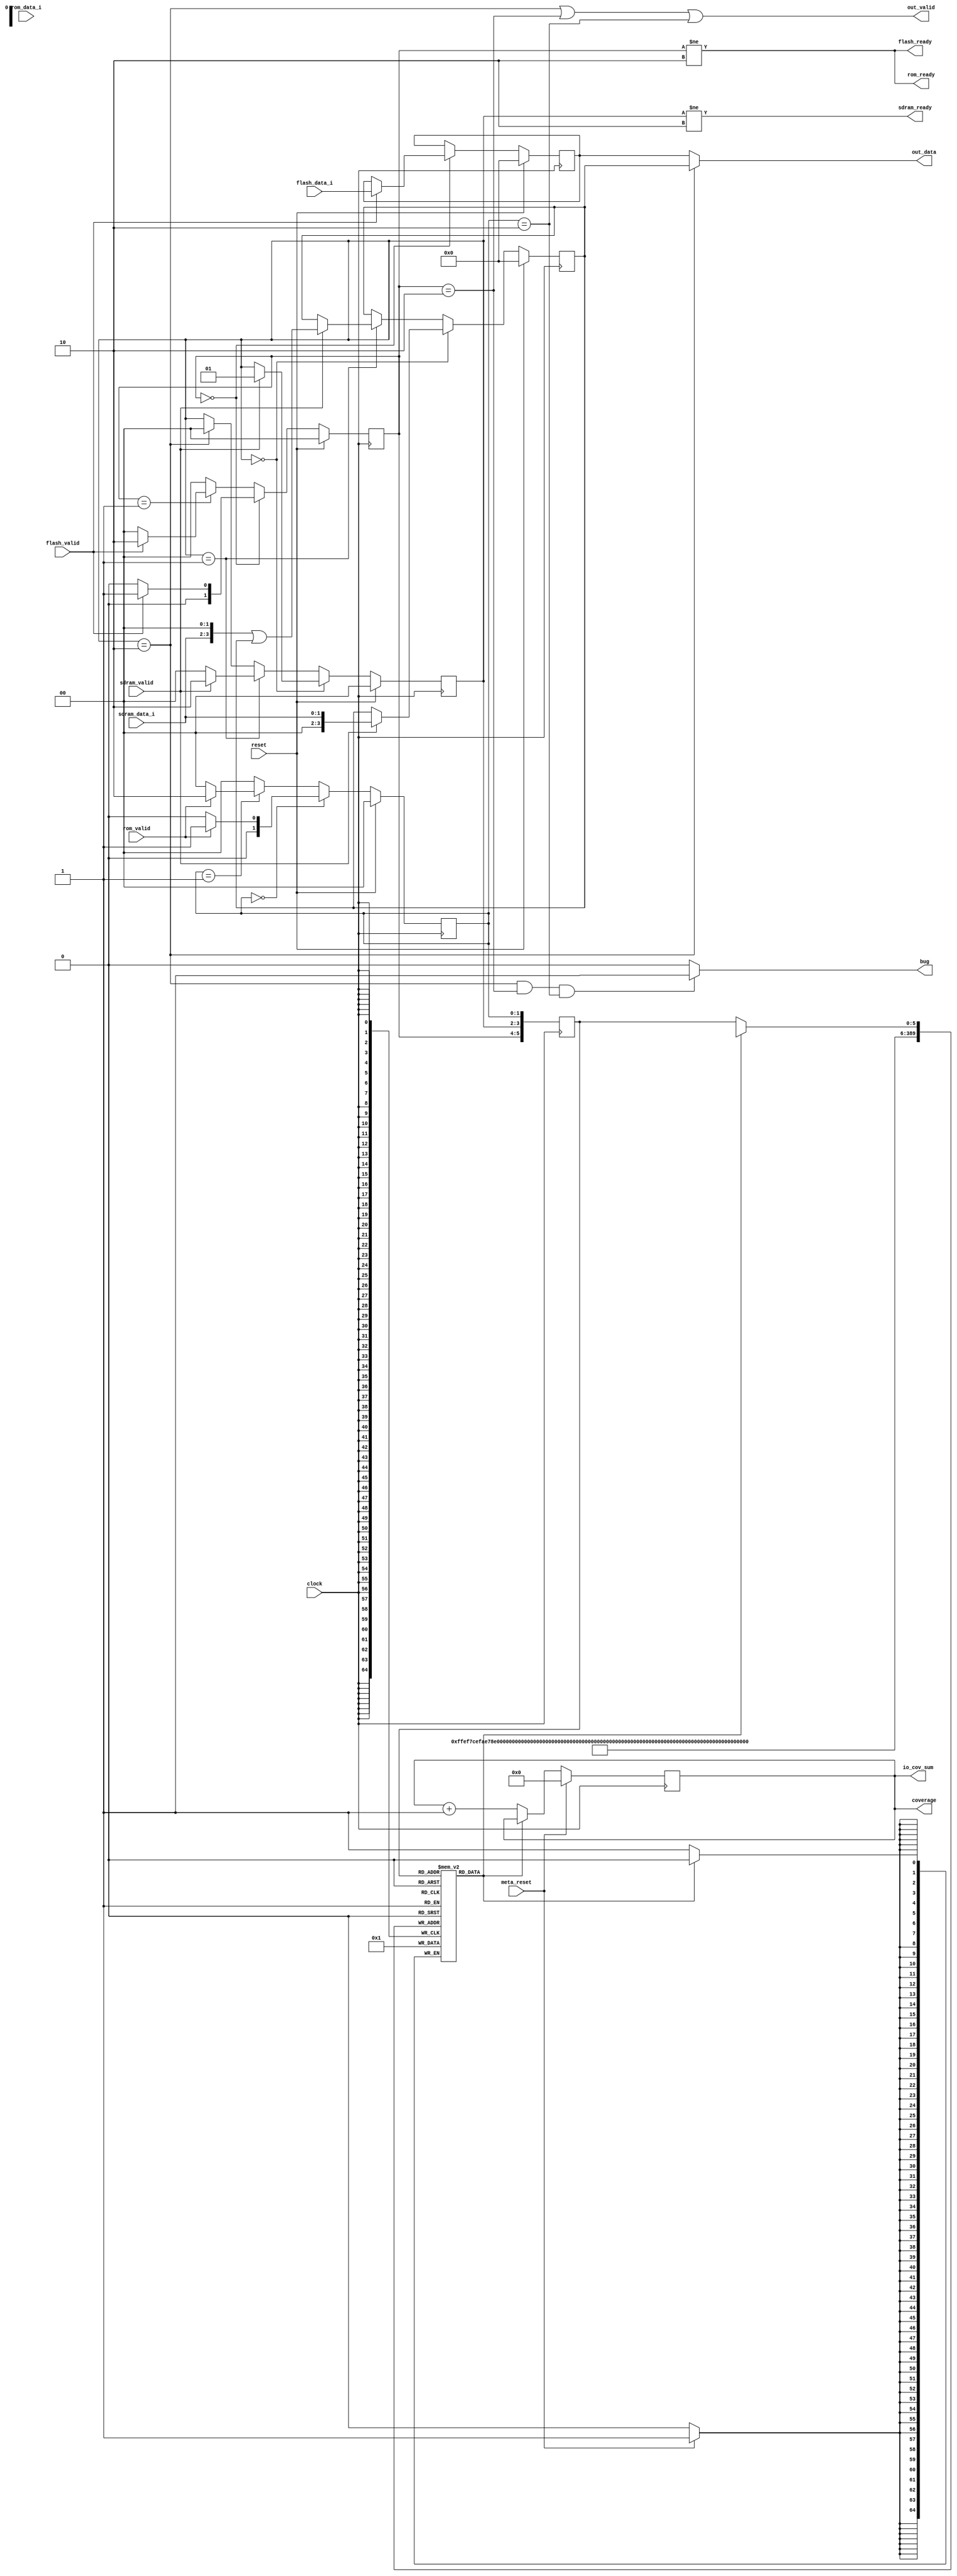
`define READY_S 2'h0
`define PENDING_S1 2'h1
`define BUSY_S 2'h2

`define READY_F 2'h0
`define PENDING_F1 2'h1
`define BUSY_F 2'h2

`define READY_R 2'h0
`define PENDING_R1 2'h1
`define BUSY_R 2'h2


module mem_ctrl(
  input clock,
  input reset,
  input meta_reset,

  input        sdram_valid, 
  input [1:0]  sdram_data_i,
  input        flash_valid,
  input [3:0]  flash_data_i,
  input        rom_valid,
  input        rom_data_i,

  output       sdram_ready,
  output       flash_ready,
  output       rom_ready,

  output       out_valid,
  output [3:0] out_data,

  output [5:0] coverage,
  output [5:0] io_cov_sum,
  output bug
);

  reg[1:0] state_sdram; // READY, RECEIVING, BUSY
  reg[1:0] state_flash; // READY, BUSY
  reg[1:0] state_rom;

  reg[3:0] data_sdram;
  reg[3:0] data_flash;
  reg[3:0] data_rom;

  reg covmap[0:63];
  reg[5:0] reg_state;
  reg[5:0] covsum;

  assign coverage = covsum;
  assign io_cov_sum = covsum;

  integer i;
  initial begin
    for (i=0; i<64; i=i+1)
      covmap[i] = 0;
    covsum = 0;
  end

  always @(posedge clock) begin
    reg_state <= {state_flash, state_sdram, state_rom};

    if (!covmap[reg_state]) begin
      covsum <= covsum + 1'h1;
      covmap[reg_state] <= 1'h1;
    end

    if (meta_reset) begin
      covsum <= 6'h0;
      for (i=0; i<64; i=i+1)
        covmap[i] = 1'h0;
    end
  end

  assign bug = ((state_sdram == `BUSY_S) && (state_flash == `BUSY_F) && (state_rom == `BUSY_R))? 1 : 0;
    
/********** combinational **********/

  assign sdram_ready = (state_sdram != `BUSY_S);
  assign flash_ready = (state_flash != `BUSY_F);
  assign rom_ready = (state_flash != `BUSY_F);

  assign out_valid = (state_sdram == `BUSY_S) ||
                      (state_flash == `BUSY_F) ||
                      (state_rom == `BUSY_R);
  assign out_data = (state_sdram == `BUSY_S) ?
                      data_sdram : data_flash;

/********** sequential **********/

  always @(posedge clock) begin
    if (reset) begin
      state_sdram <= `READY_S;
      state_flash <= `READY_F;
      state_rom <= `READY_R;
      data_sdram <= 4'h0;
      data_flash <= 4'h0;
      data_rom <= 4'h0;
    end else begin
      if (state_sdram == `READY_S) begin
        if (sdram_valid) begin
          state_sdram <= `PENDING_S1;
          data_sdram <= {2'b00, sdram_data_i};
        end
      end else if (state_sdram == `PENDING_S1) begin
        if (sdram_valid) begin
          state_sdram <= `BUSY_S;
          data_sdram <= {sdram_data_i, 2'b00} | data_sdram;
        end else begin
          state_sdram <= `READY_S;
        end 
      end else if (state_sdram == `BUSY_S) begin
        state_sdram <= `READY_S;
      end

      if (state_flash == `READY_F) begin
        if (flash_valid) begin
          state_flash <= `PENDING_F1;
          data_flash <= flash_data_i;
        end else begin
          state_flash <= `READY_F;
        end
      end else if (state_flash == `PENDING_F1) begin
        if (flash_valid) begin
          state_flash <= `BUSY_F;
        end else begin
          state_flash <= `READY_F;
        end
      end else begin
        state_flash <= `READY_F;
      end

      if (state_rom == `READY_R) begin
        if (rom_valid) begin
          state_rom <= `PENDING_R1;
          data_rom <= {3'b000, rom_data_i};
        end else begin
          state_rom <= `READY_R;
        end
      end else if (state_rom == `PENDING_R1) begin
        if (rom_valid) begin
          state_rom <= `BUSY_R;
          data_rom <= {2'b00, rom_data_i, 1'b0} | data_rom;
        end else begin
          state_rom <= `READY_R;
        end
      end else begin
        state_rom <= `READY_R;
      end
    end
  end
endmodule